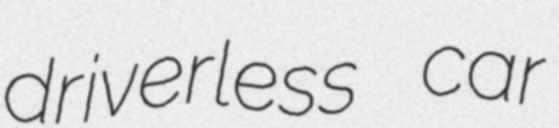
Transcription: driverless car